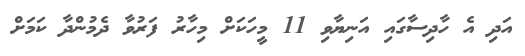
އަދި އެ ހާދިސާގައި އަނިޔާވި 11 މީހަކަށް މިހާރު ފަރުވާ ދެމުންދާ ކަމަށް